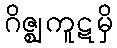
ဂိဇ္ဈကူဋမှိ